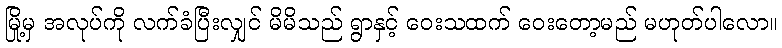
မြို့မှ အလုပ်ကို လက်ခံပြီးလျှင် မိမိသည် ရွာနှင့် ဝေးသထက် ဝေးတော့မည် မဟုတ်ပါလော။